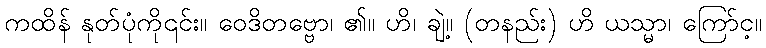
ကထိန် နုတ်ပုံကို၎င်း။ ဝေဒိတဗ္ဗော၊ ၏။ ဟိ၊ ချဲ့။ (တနည်း) ဟိ ယသ္မာ၊ ကြော်င့။